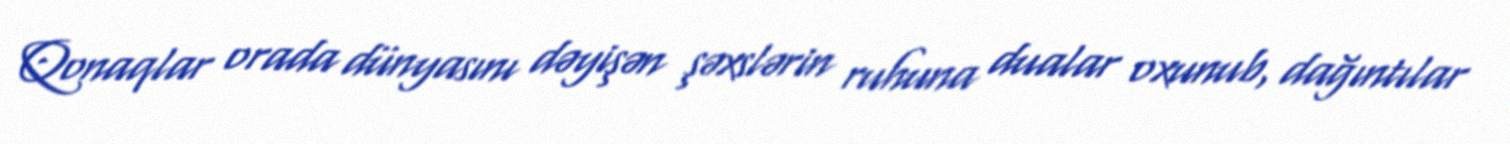
Qonaqlar orada dünyasını dəyişən şəxslərin ruhuna dualar oxunub, dağıntılar